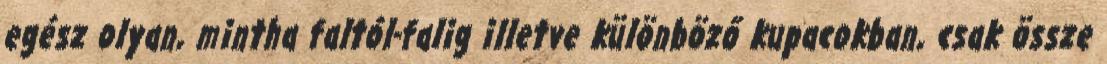
egész olyan, mintha faltól-falig illetve különböző kupacokban, csak össze